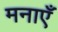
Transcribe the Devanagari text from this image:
मनाएँ